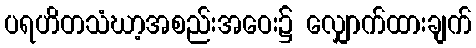
ပရဟိတသံဃာ့အစည်းအဝေး၌ လျှောက်ထားချက်